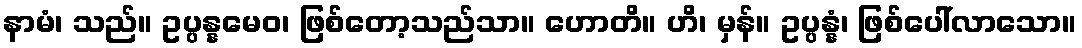
နာမံ၊ သည်။ ဥပ္ပန္နမေဝ၊ ဖြစ်တော့သည်သာ။ ဟောတိ။ ဟိ၊ မှန်။ ဥပ္ပန္နံ၊ ဖြစ်ပေါ်လာသော။